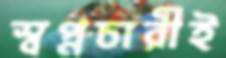
স্বপ্নচারীই